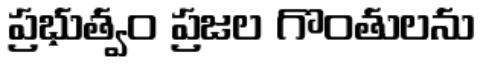
ప్రభుత్వం ప్రజల గొంతులను